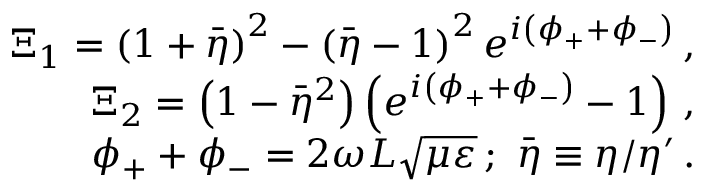
\begin{array} { r l r } & { } & { \Xi _ { 1 } = \left( 1 + \bar { \eta } \right) ^ { 2 } - \left( \bar { \eta } - 1 \right) ^ { 2 } e ^ { i \left( \phi _ { + } + \phi _ { - } \right) } \, , } \\ & { } & { \Xi _ { 2 } = \left( 1 - \bar { \eta } ^ { 2 } \right) \left( e ^ { i \left( \phi _ { + } + \phi _ { - } \right) } - 1 \right) \, , } \\ & { } & { \phi _ { + } + \phi _ { - } = 2 \omega L \sqrt { \mu \varepsilon } \, ; \mathrm { ~ } \bar { \eta } \equiv \eta / \eta ^ { \prime } \, . } \end{array}